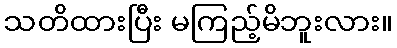
သတိထားပြီး မကြည့်မိဘူးလား။